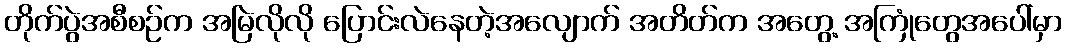
တိုက်ပွဲအစီစဉ်က အမြဲလိုလို ပြောင်းလဲနေတဲ့အလျောက် အတိတ်က အတွေ့ အကြုံတွေအပေါ်မှာ